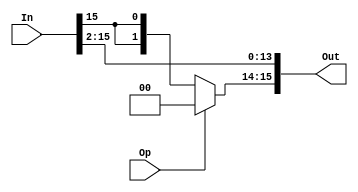
/*
    shift right 2 bit
*/
module right_2 (In, Op, Out);
    parameter   N = 16;
    
    input [N-1:0]  In;
    input Op;
    output [N-1:0] Out;
    
    assign Out[15:14] = Op ? 2'b0 : {2{In[15]}};
    assign Out[13:0] = In[15:2];
endmodule